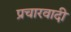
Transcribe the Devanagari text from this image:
प्रचारवादी